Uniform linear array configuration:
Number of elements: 48
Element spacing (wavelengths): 0.25
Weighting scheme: cosine
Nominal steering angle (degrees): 45
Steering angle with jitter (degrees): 45.632
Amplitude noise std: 0.05
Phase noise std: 0.05

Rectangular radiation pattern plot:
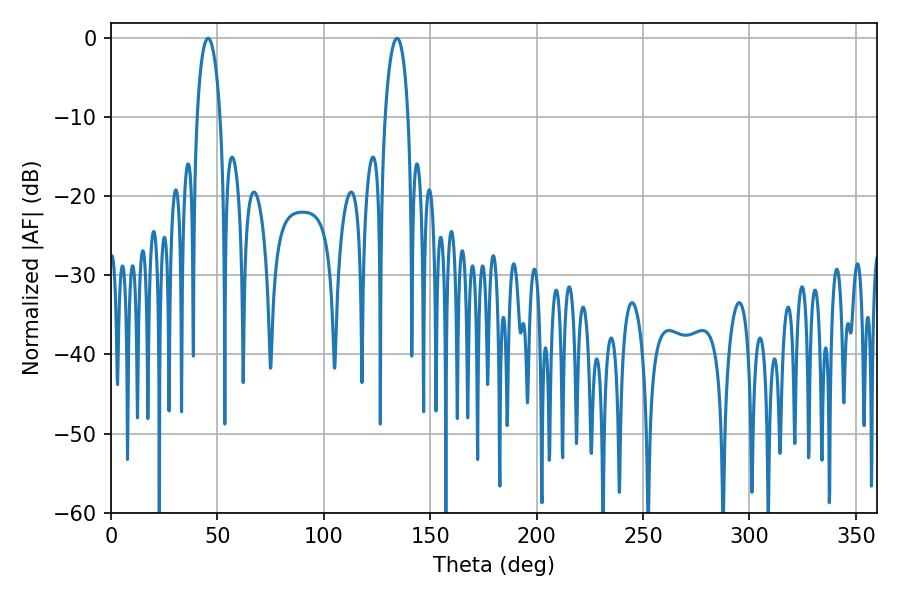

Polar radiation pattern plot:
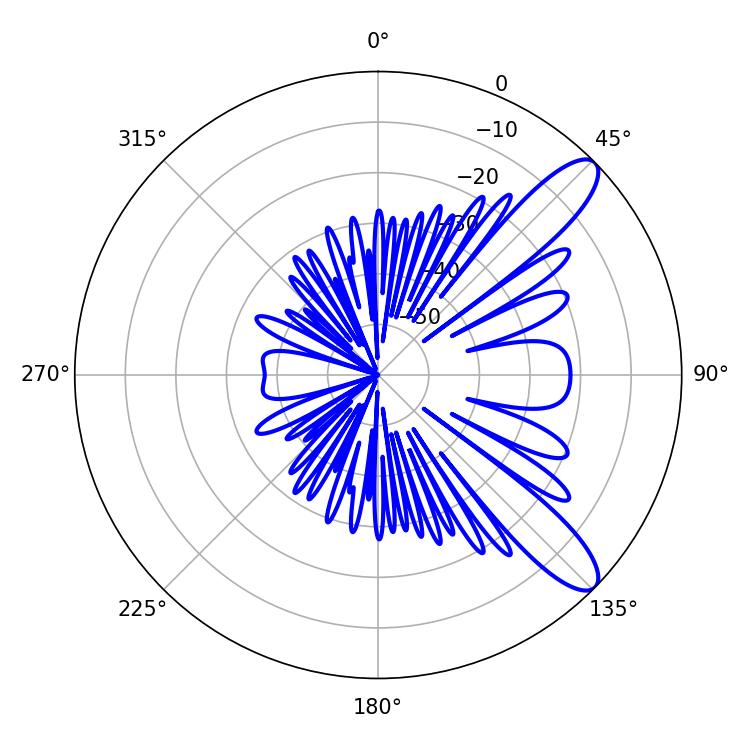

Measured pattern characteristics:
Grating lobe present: FALSE
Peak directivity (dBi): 10.633
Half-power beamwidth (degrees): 6.12
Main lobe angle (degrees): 45.54